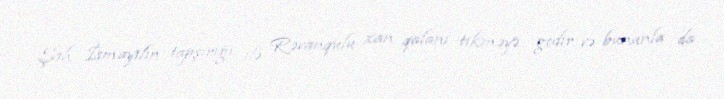
Şah İsmayılın tapşırığı ilə Rəvanqulu xan qalanı tikməyə gedir və bununla da